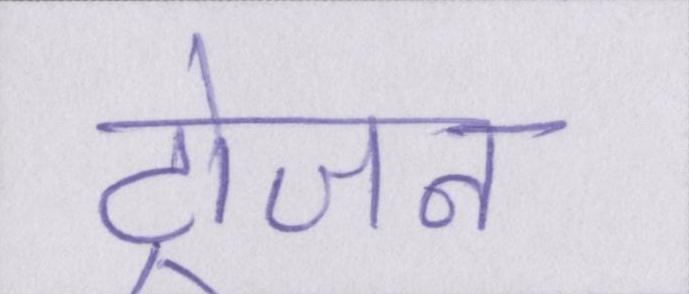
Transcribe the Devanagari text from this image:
ट्रोजन